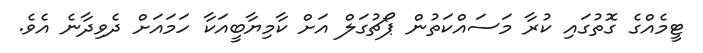
ޓީމެއްގެ ގޮތުގައި ކުރާ މަސައްކަތުން ޕޯޗުގަލް އަށް ކާމިޔާބީއަކާ ހަމައަށް ދެވިދާނެ އެވެ.